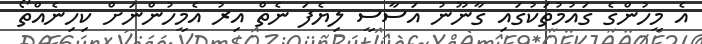
އެ މީހުންގެ ގައުމުތަކުގައި ގާނޫނު އަސާސީ ލިޔެފަ ނެތް އިރު އެމީހުންނަށް ކިހިނެއްތޯ